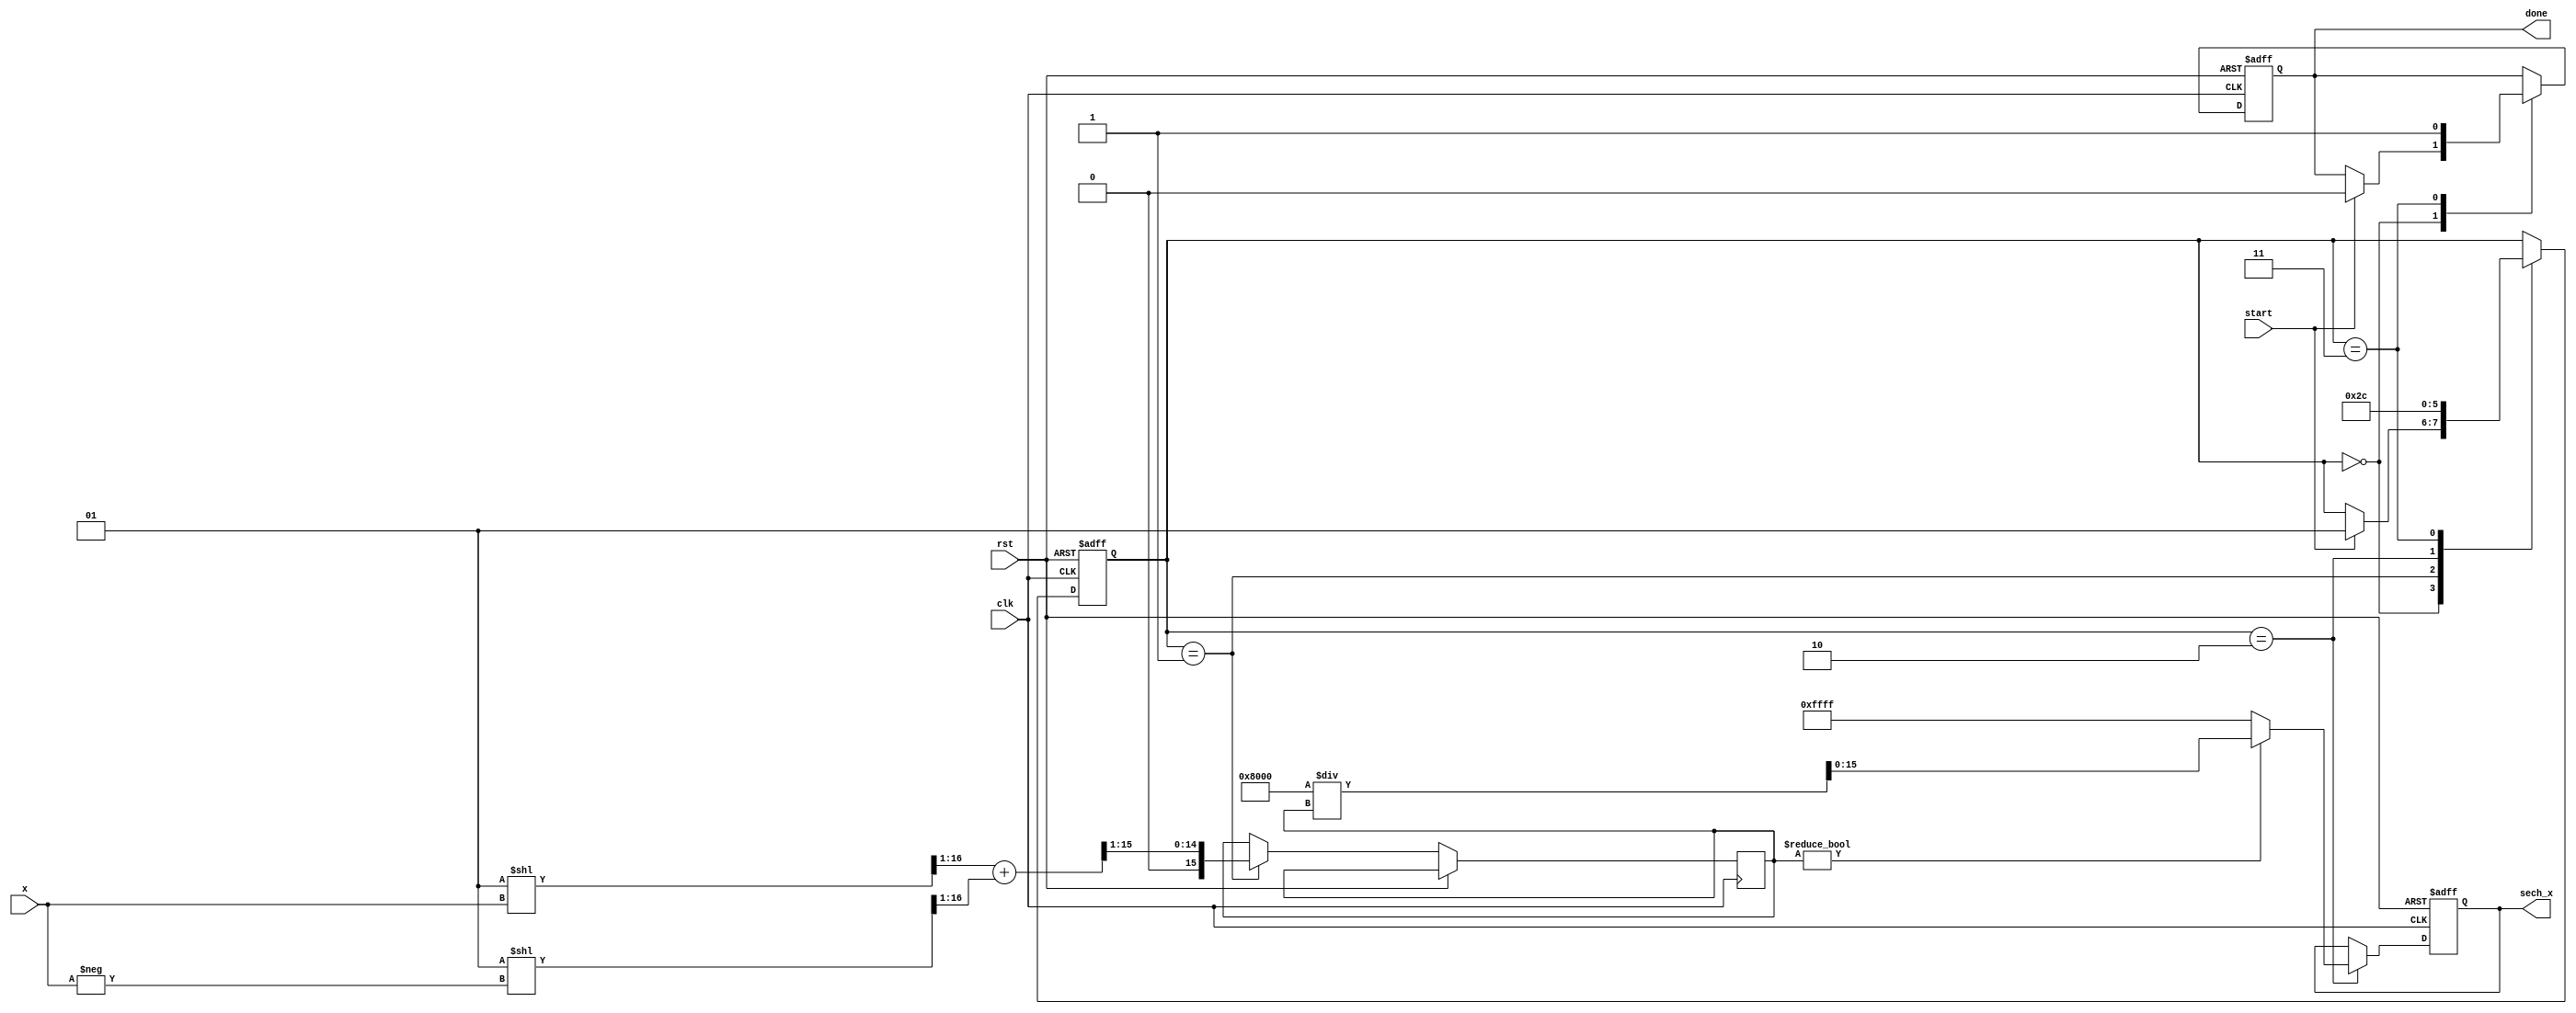
module hyperbolic_secant (
    input  wire [15:0] x,          // Fixed-point input (16 bits)
    output reg  [15:0] sech_x,      // Fixed-point output (16 bits)
    input  wire clk,                // Clock signal
    input  wire rst,                // Reset signal
    input  wire start,              // Start signal for computation
    output reg done                 // Done signal
);

    reg [15:0] cosh_x;              // Intermediate cosh value
    reg [1:0] state;                // State for FSM
    localparam IDLE = 2'b00,
               COSH_CALC = 2'b01,
               RECIPROCAL = 2'b10,
               DONE = 2'b11;

    // Cosh approximation: cosh(x) = (e^x + e^-x) / 2
    function [15:0] cosh_approx;
        input [15:0] x;
        reg [15:0] exp_x;
        reg [15:0] exp_neg_x;
        begin
            exp_x = (1 << x) >> 1;          // Simplified e^x approximation
            exp_neg_x = (1 << -x) >> 1;     // Simplified e^(-x) approximation
            cosh_approx = (exp_x + exp_neg_x) >> 1; // Divide by 2
        end
    endfunction

    // Reciprocal calculation using simple division
    function [15:0] reciprocal;
        input [15:0] value;
        begin
            if (value != 0) begin
                reciprocal = (1 << 15) / value; // Simple fixed-point division
            end else begin
                reciprocal = 16'hFFFF; // Return max value if division by zero
            end
        end
    endfunction

    // State machine for controlling the computation
    always @(posedge clk or posedge rst) begin
        if (rst) begin
            state <= IDLE;
            sech_x <= 16'b0;
            done <= 1'b0;
        end else begin
            case (state)
                IDLE: begin
                    if (start) begin
                        state <= COSH_CALC;
                        done <= 1'b0;
                    end
                end
                COSH_CALC: begin
                    cosh_x <= cosh_approx(x);
                    state <= RECIPROCAL;
                end
                RECIPROCAL: begin
                    sech_x <= reciprocal(cosh_x);
                    state <= DONE;
                end
                DONE: begin
                    done <= 1'b1; // Signal that computation is done
                    state <= IDLE; // Go back to IDLE
                end
            endcase
        end
    end

endmodule